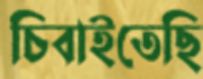
চিবাইতেছি